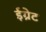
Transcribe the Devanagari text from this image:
ईग्रेट